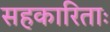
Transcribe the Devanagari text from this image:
सहकारिताः